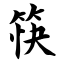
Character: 筷